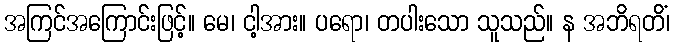
အကြင်အကြောင်းဖြင့်။ မေ၊ ငါ့အား။ ပရော၊ တပါးသော သူသည်။ န အဘိရတိံ၊